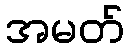
အမတ်